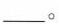
___。